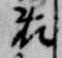
藤